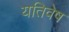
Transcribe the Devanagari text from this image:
यतिवेष